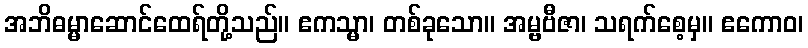
အဘိဓမ္မာဆောင်ထေရ်တို့သည်။ ဧကသ္မာ၊ တစ်ခုသော။ အမ္ဗဗီဇာ၊ သရက်စေ့မှ။ ဧကောဝ၊